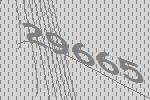
29665